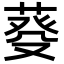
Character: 𦳠